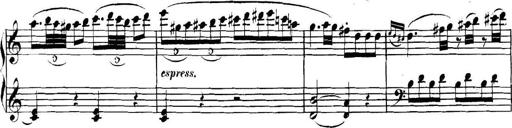
Title: Collected Piano Sonatas
Composer: Muzio Clementi